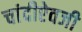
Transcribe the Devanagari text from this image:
चांदीऐवजी